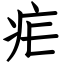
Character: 疟